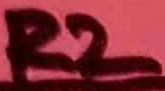
Text: R2